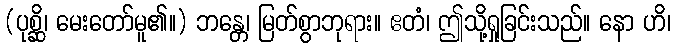
(ပုစ္ဆိ၊ မေးတော်မူ၏။) ဘန္တေ၊ မြတ်စွာဘုရား။ ဧတံ၊ ဤသို့ရှုခြင်းသည်။ နော ဟိ၊